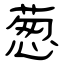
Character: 葱